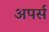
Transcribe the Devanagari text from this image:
अपर्स